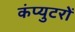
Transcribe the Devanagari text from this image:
कंप्युटरों